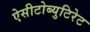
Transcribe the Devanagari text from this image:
ऐसीटोब्युटिरेट